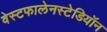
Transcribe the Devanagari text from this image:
वेस्टफालेनस्टेडियॉन